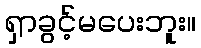
ရှာခွင့်မပေးဘူး။